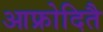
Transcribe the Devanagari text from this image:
आफ्रोदितै